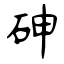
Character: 砷